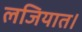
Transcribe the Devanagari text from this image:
लजियात।